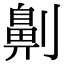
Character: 劓